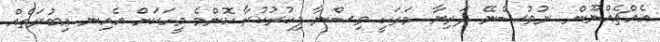
އެއްޗެއްނޫން. ނުވުސްނޭ ދަރިޔާ. މަރަކީ ވިސްނާ ފިކުރުކުރާ ކޮންމެ މީހަކަށް އެއިނ ޢިބުރަތެއް